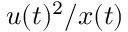
u ( t ) ^ { 2 } / x ( t )